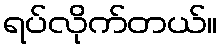
ရပ်လိုက်တယ်။